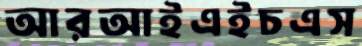
আরআইএইচএস